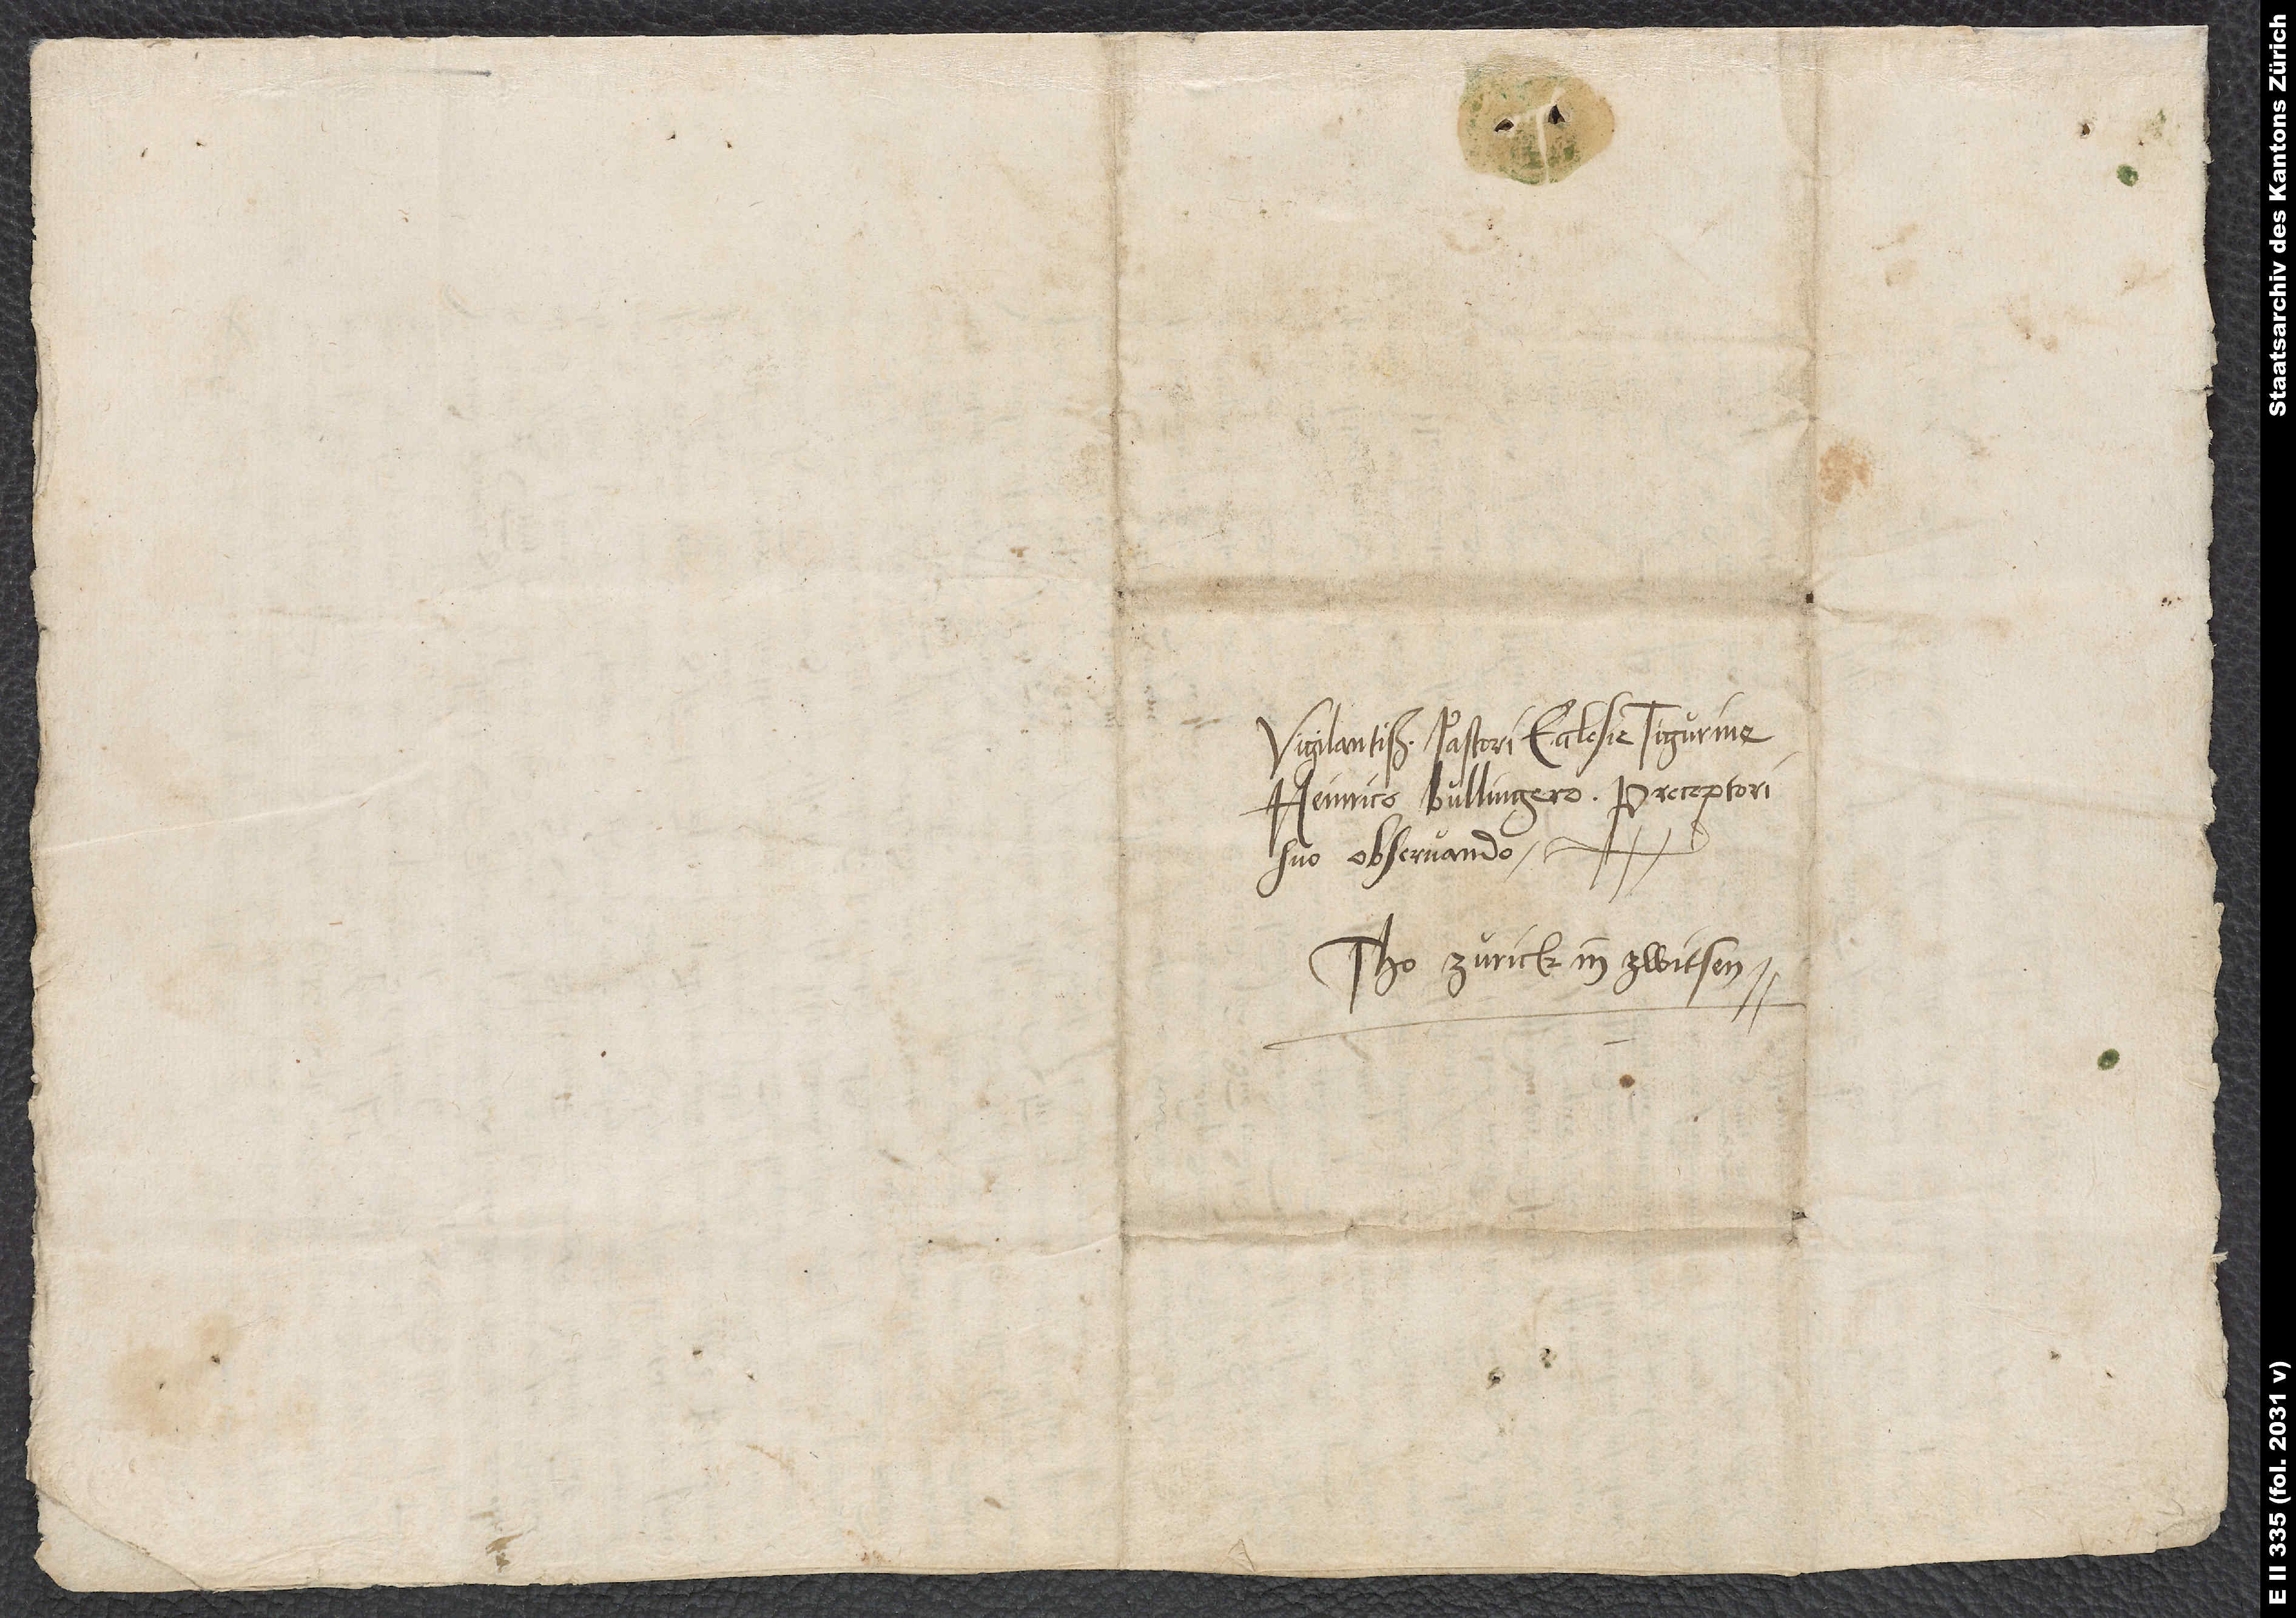
Vigilantissimo pastori ecclesie Tigurine
Heinrico Bullingero, preceptori
suo observando.
Tho Zurich in Zwitsen.